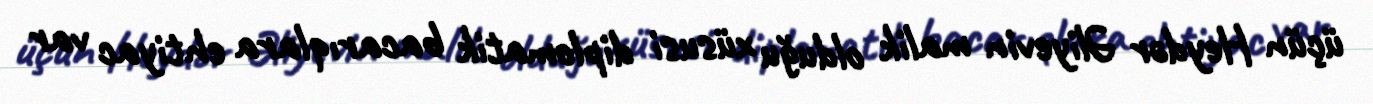
üçün Heydər Əliyevin malik olduğu xüsusi diplomatik bacarıqlara ehtiyac var